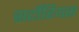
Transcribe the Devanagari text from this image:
सर्टोरियस